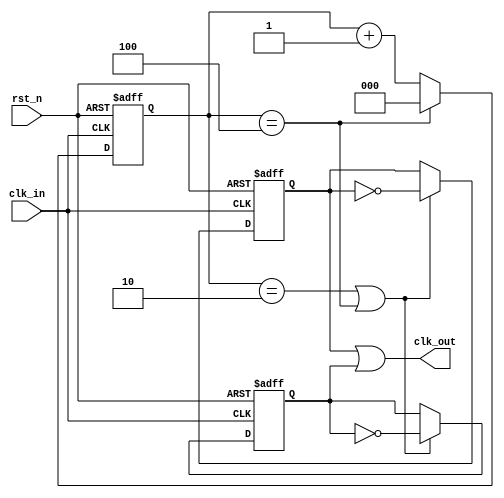
//0divior-101
`timescale 1ns/1ns

module clk_divider
  #(parameter dividor = 5) //2.502.51 
( 	input clk_in,
	input rst_n,
	output clk_out
);
parameter bit_=$clog2(dividor);
reg [bit_-1:0] cnt;
reg clk1,clk2;
always @(posedge clk_in or negedge rst_n)
begin
if(!rst_n)
cnt<=0;
else if(cnt==(dividor-1))
cnt<=0;
else
cnt<=cnt+1;
end

always @(posedge clk_in or negedge rst_n)
begin
if(!rst_n)
clk1<=0;
else if((cnt==(((dividor-1)>>1)))||(cnt==dividor-1))
clk1<=~clk1;
else
clk1<=clk1;
end

always @(negedge clk_in or negedge rst_n)
begin
if(!rst_n)
clk2<=0;
else if((cnt==(((dividor-1)>>1)))||(cnt==dividor-1))
clk2<=~clk2;
else
clk2<=clk2;
end

assign clk_out=clk1||clk2;
endmodule